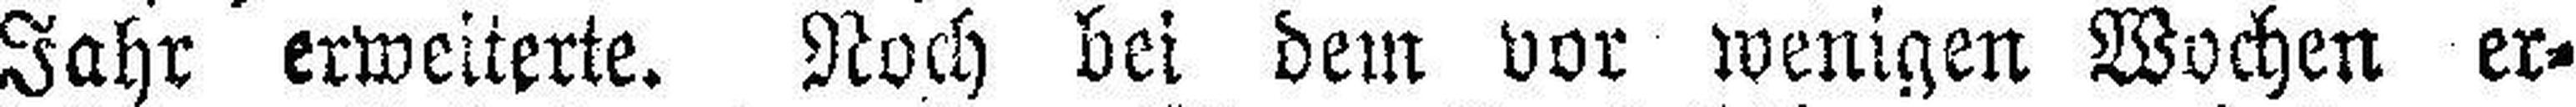
Jahr erweiterte. Noch bei dem vor wenigen Wochen er¬